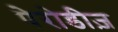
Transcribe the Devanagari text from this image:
पेरोडीज़